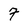
Character: 7